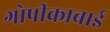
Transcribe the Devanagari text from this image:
गोपीकाबाई